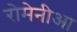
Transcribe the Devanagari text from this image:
रोमेनीआ